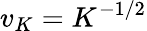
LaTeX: v_{K}=K^{-1/2}